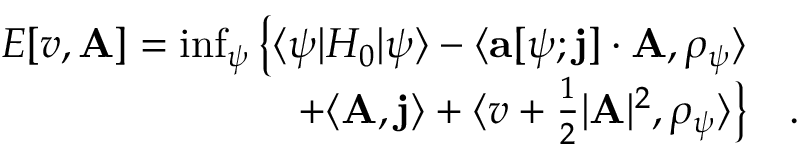
\begin{array} { r l } { E [ v , \mathbf { A } ] = \operatorname* { i n f } _ { \psi } \big \{ \langle \psi | H _ { 0 } | \psi \rangle - \langle \mathbf { a } [ \psi ; \mathbf { j } ] \cdot \mathbf { A } , \rho _ { \psi } \rangle } & { { } } \\ { + \langle \mathbf { A } , \mathbf { j } \rangle + \langle v + \frac 1 2 \vert \mathbf { A } \vert ^ { 2 } , \rho _ { \psi } \rangle \big \} } & { { } . } \end{array}